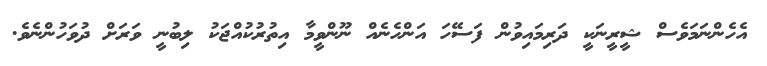
އެހެންނަމަވެސް ޝީރީނަކީ ދަރިމައިވުން ފަސޭހަ އަންހެނެއް ނޫންވީމާ އިތުރުކުއްޖަކު ލިބުނީ ވަރަށް ދުވަހުންނެވެ.